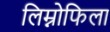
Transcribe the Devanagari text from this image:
लिम्नोफिला